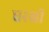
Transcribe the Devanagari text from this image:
घरखी